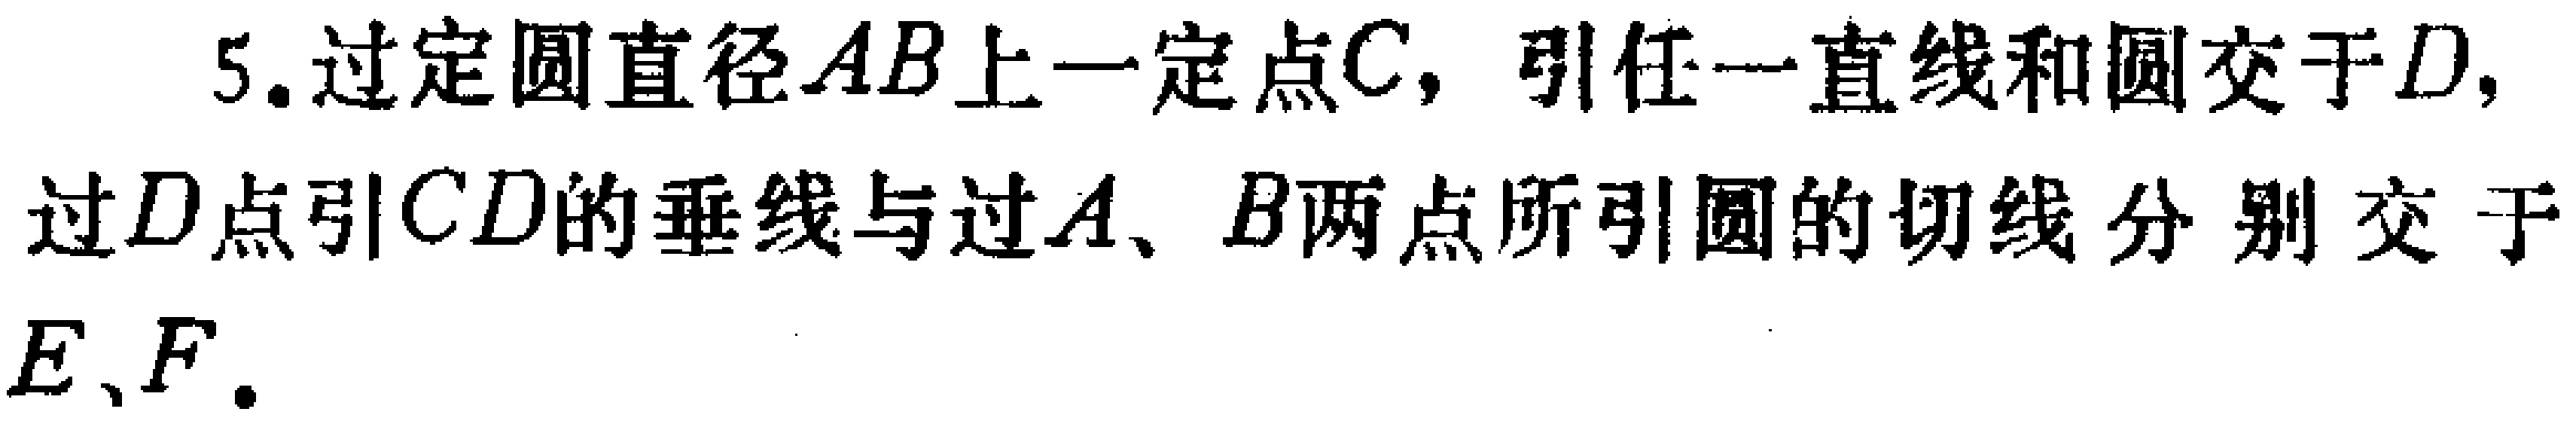
5. 过定圆直径\(AB\)上一定点\(C\)，引任一直线和圆交于\(D\)，过\(D\)点引\(CD\)的垂线与过\(A\)、\(B\)两点所引圆的切线分别交于\(E\)、\(F\)。